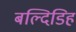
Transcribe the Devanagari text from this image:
बल्दिडिह